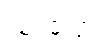
ဩဝမိတွာ